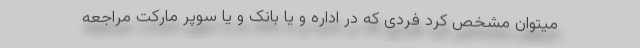
میتوان مشخص کرد فردی که در اداره و یا بانک و یا سوپر مارکت مراجعه